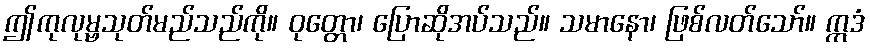
ဤကုလုမ္ဗသုတ်မည်သည်ကို။ ဝုတ္တော၊ ပြောဆိုအပ်သည်။ သမာနော၊ ဖြစ်လတ်သော်။ ဣဒံ